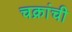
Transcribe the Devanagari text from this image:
चक्रांची